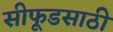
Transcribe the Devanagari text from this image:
सीफूडसाठी